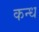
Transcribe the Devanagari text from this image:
कन्ध